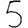
Digit: 5